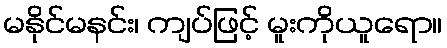
မနိုင်မနင်း၊ ကျပ်ဖြင့် မူးကိုယူရော။